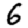
Digit: 6